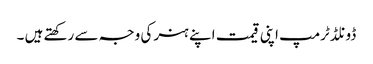
ڈونلڈ ٹرمپ اپنی قیمت اپنے ہنر کی وجہ سے رکھتے ہیں ۔